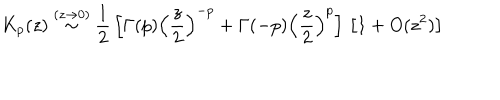
LaTeX: K _ { p } ( z ) \stackrel { ( z \rightarrow 0 ) } { \sim } \frac { 1 } { 2 } \, \left[ \Gamma ( p ) \left( \frac { z } { 2 } \right) ^ { - p } + \Gamma ( - p ) \left( \frac { z } { 2 } \right) ^ { p } \right] \, \left[ 1 + O ( z ^ { 2 } ) \right] \;